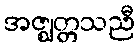
အဇ္ဈတ္တသညီ